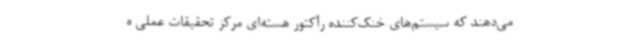
می‌دهند که سیستم‌های خنک‌کننده رآکتور هسته‌ای مرکز تحقیقات عملی ه